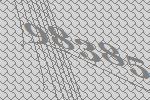
98385